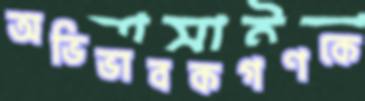
অভিভাবকগণকে